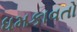
ધમકાવતો